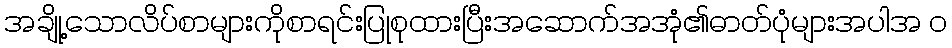
အချို့သောလိပ်စာများကိုစာရင်းပြုစုထားပြီးအဆောက်အအုံ၏ဓာတ်ပုံများအပါအ ၀